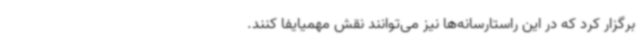
برگزار کرد که در این راستارسانه‌ها نیز می‌توانند نقش مهمیایفا کنند.